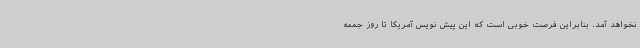
نخواهد آمد. بنابراین فرصت خوبی است که این پیش نویس آمریکا تا روز جمعه